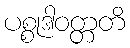
ပစ္စုဒါဝတ္တတိ